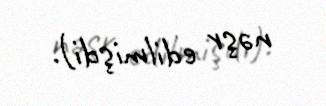
nəşr edilmişdi).